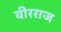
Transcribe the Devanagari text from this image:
वीरराज